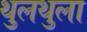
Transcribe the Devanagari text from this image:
थुलथुला